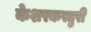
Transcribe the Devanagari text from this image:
केशरकस्तुरी